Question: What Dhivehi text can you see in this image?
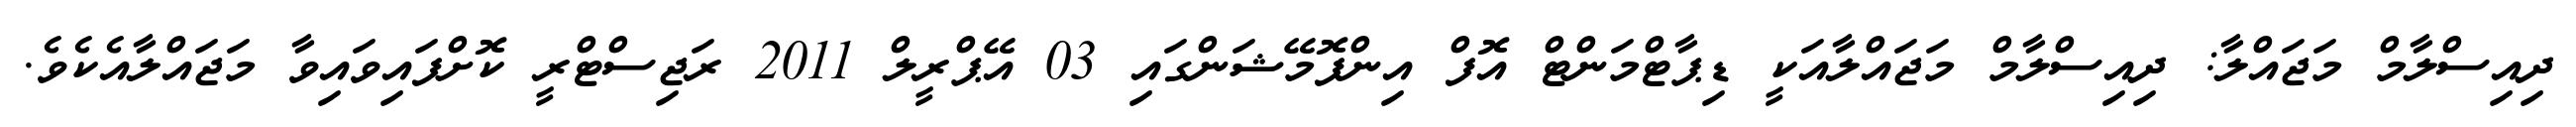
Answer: ދިއިސްލާމް މަޖައްލާ: ދިއިސްލާމް މަޖައްލާއަކީ ޑިޕާޓްމަންޓް އޮފް އިންފޮމޭޝަންގައި 03 އޭޕްރީލް 2011 ރަޖިސްޓްރީ ކޮށްފައިވައިވާ މަޖައްލާއެކެވެ.